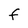
Character: F